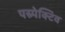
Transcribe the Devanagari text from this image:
पस्र्पेक्टिव